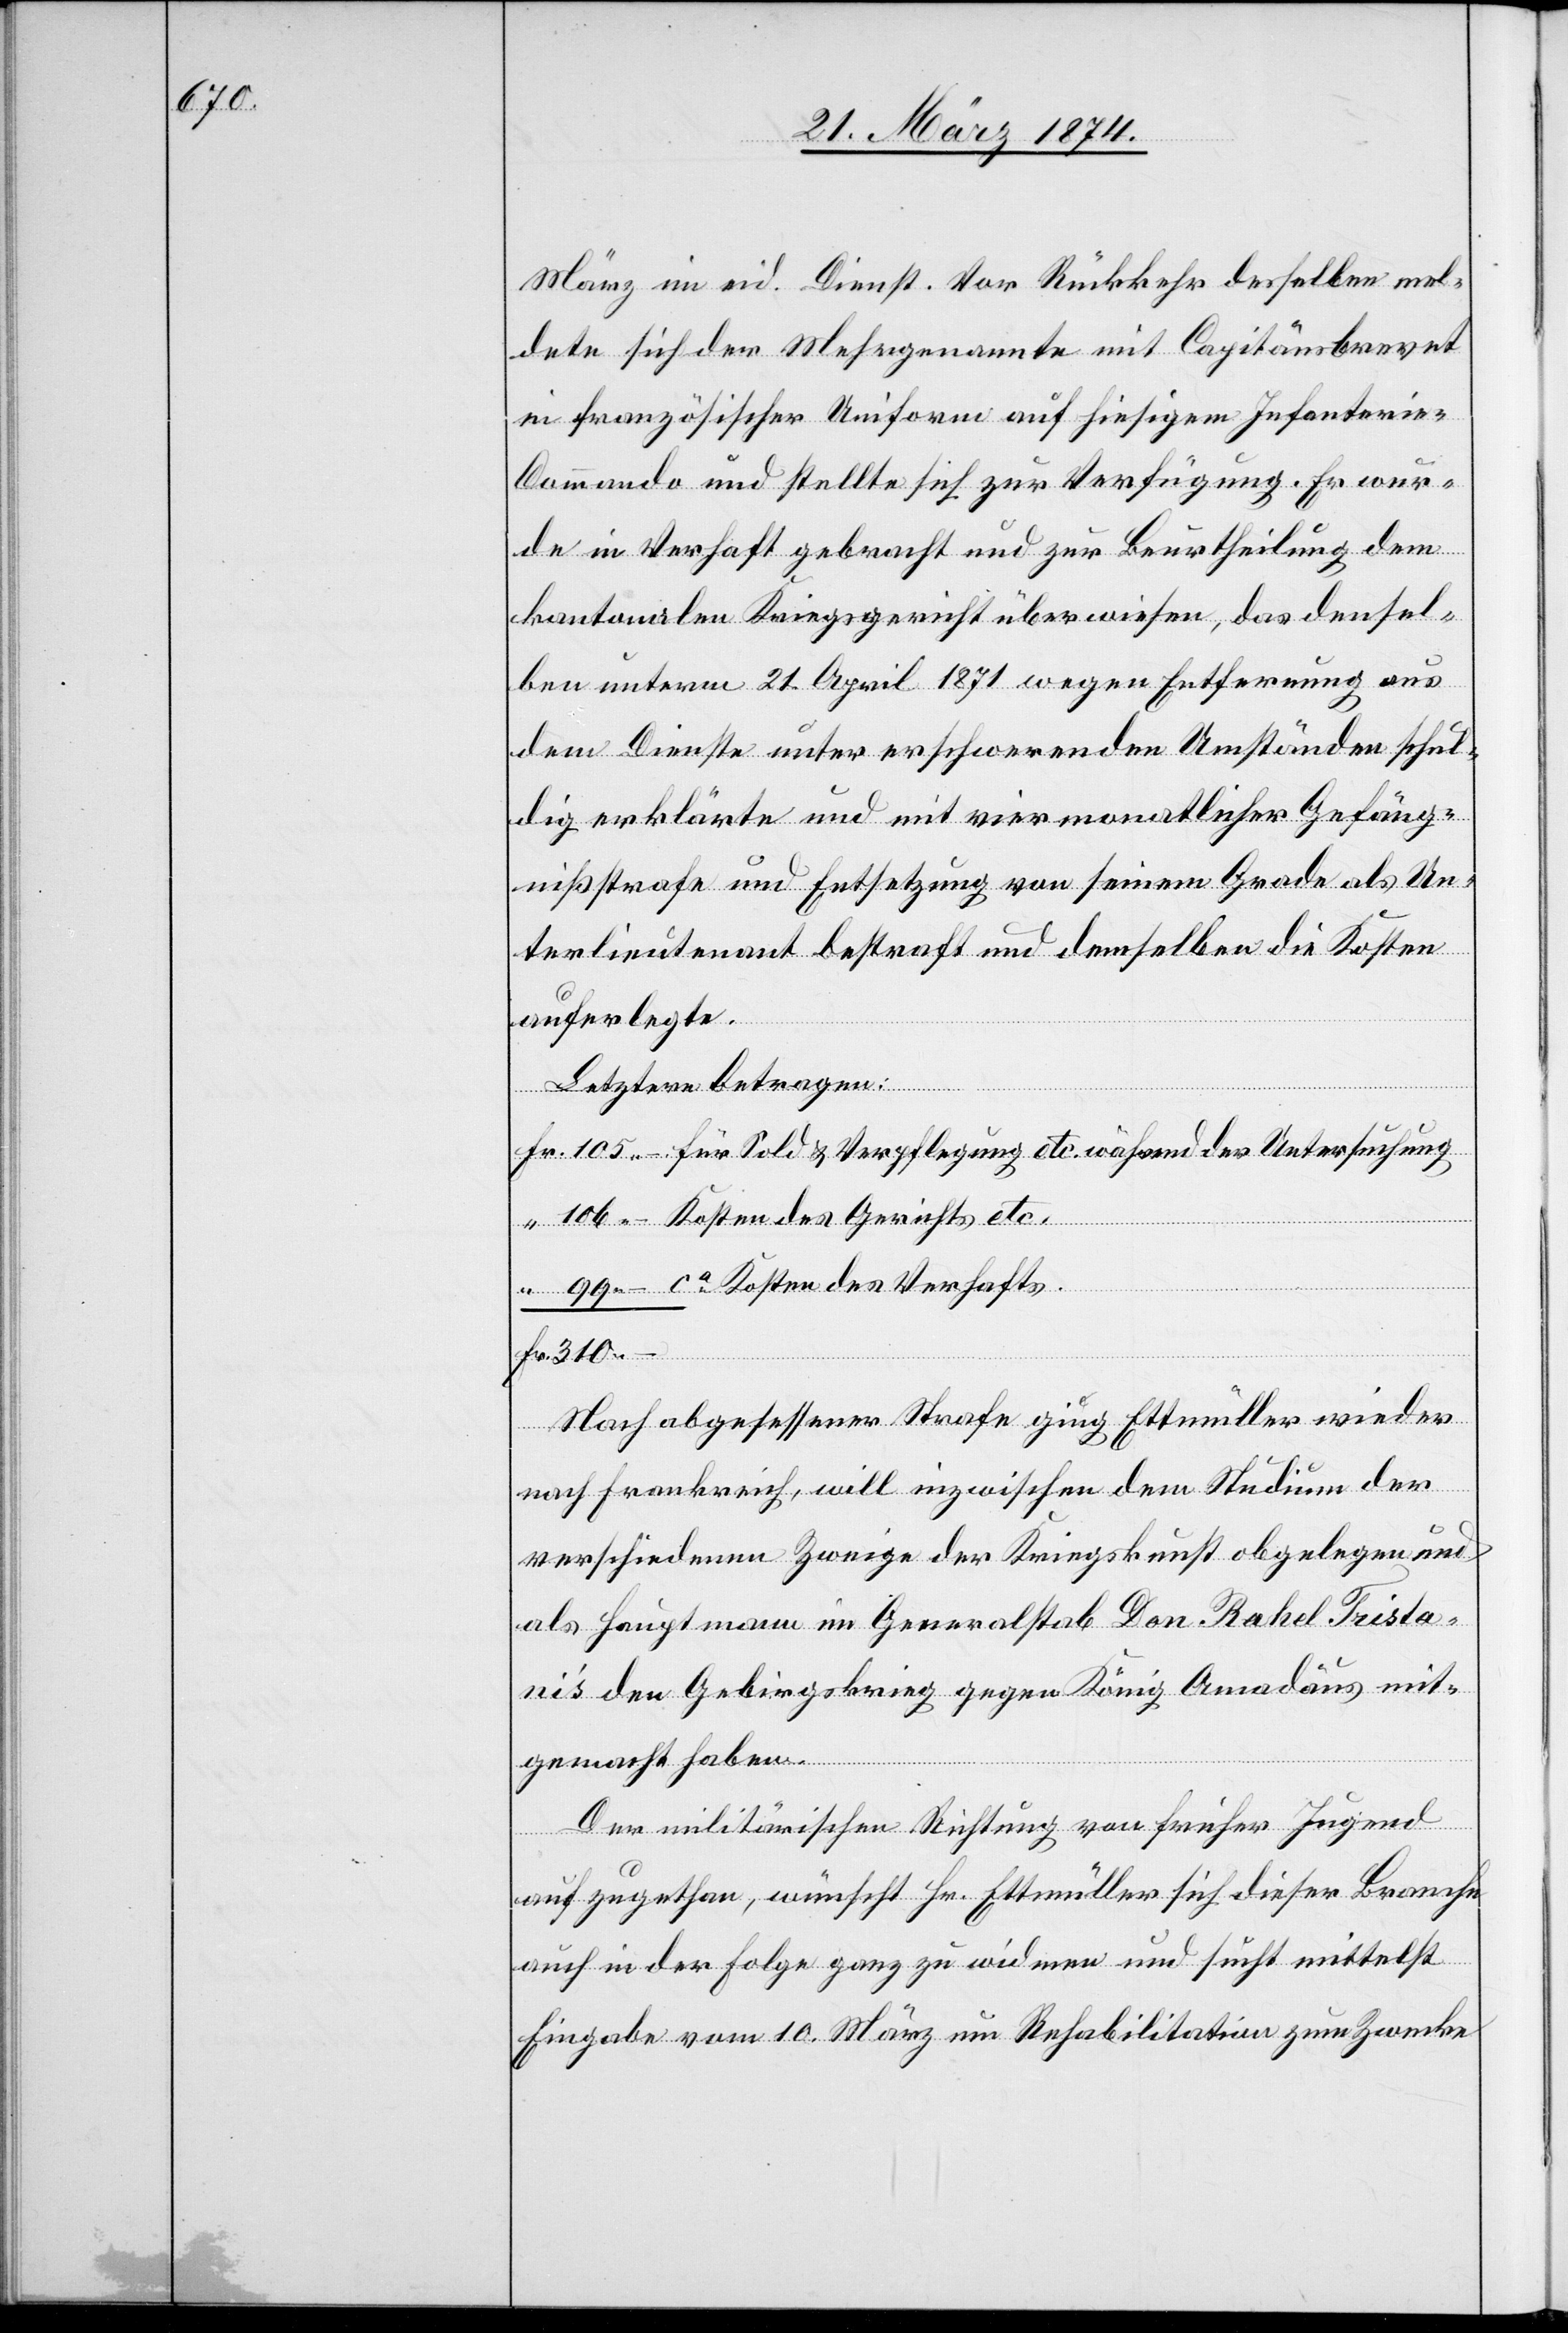
März im eid. Dienst. Vor Rückkehr desselben mel¬
dete sich der Mehrgenannte mit Capitänsbrevet
in französischer Uniform auf hiesigem Infanteri¬
e-Commando und stellte sich zur Verfügung. Er wur¬
de in Verhaft gebracht und zur Beurtheilung dem
kantonalen Kriegsgericht überwiesen, das densel¬
ben unterm 21. April 1871 wegen Entfernung aus
dem Dienste unter erschwerenden Umständen schul¬
dig erklärte und mit viermonatlicher Gefäng¬
nißstrafe und Entsetzung von seinem Grade als Un¬
terlieutenant bestraft[e] und demselben die Kosten
auferlegte.
Letztere betragen:
Fr. 105.– für Sold u. Verpflegung etc. während der Untersuchung
“ 106.– Kosten des Gerichts etc.
99.– ca Kosten des Verhafts.
Fr. 310.–
Nach abgesessener Strafe ging Ettmüller wieder
nach Frankreich, will inzwischen dem Studium der
verschiedenen Zweige der Kriegskunst obgelegen und
als Hauptmann im Generalstab Don. Rahel. Trista¬
ni’s den Gebirgskrieg gegen König Amadeus mit¬
gemacht haben.
Der militärischen Richtung von früher Jugend
auf zugethan, wünscht Hr. Ettmüller sich dieser Branche
auch in der Folge ganz zu widmen und sucht mittelst
Eingabe vom 10. März um Rehabilitation zum Zwecke